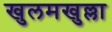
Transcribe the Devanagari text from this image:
खुलमखुल्ला